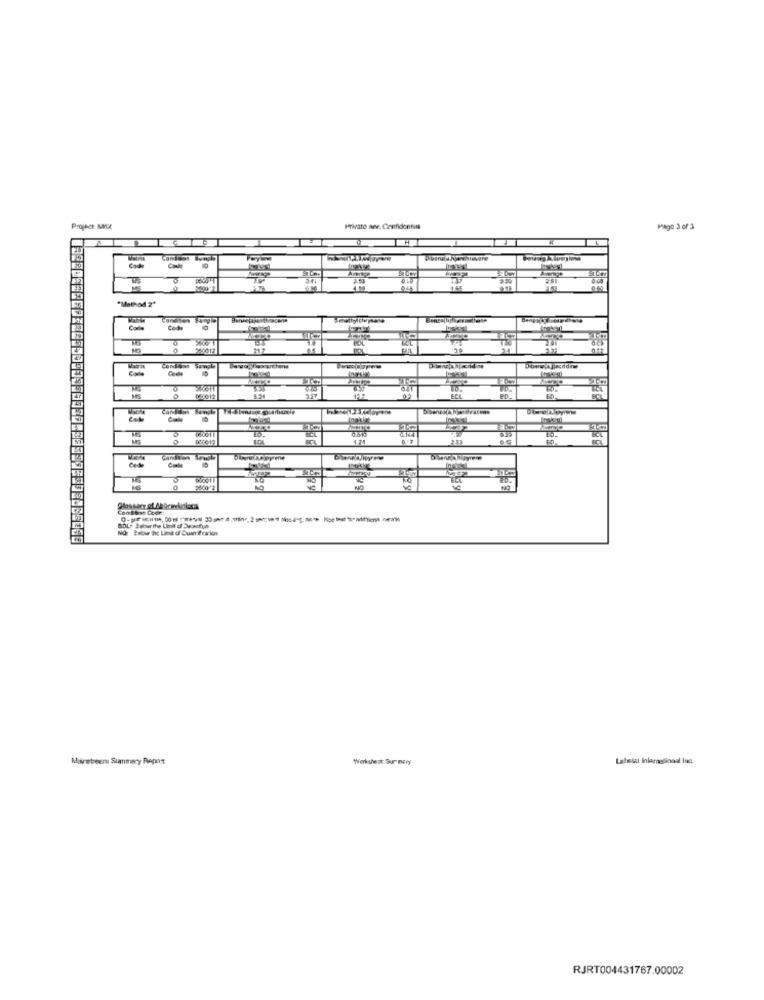
Project: MNUL
Private ane. Confidontils
Page 3 of 3
3.44
00
"Method 2"
Cada
Condison Somch
Code
0
60
1.21
Dignac pyrene
360012
Marstreem Summary Repos
Workshest Sur nory
Lahsial InlamaGional loc.
RJRT004431767.00002